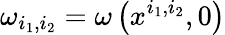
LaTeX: \omega_{i_{1},i_{2}}=\omega\left(x^{i_{1},i_{2}},0\right)